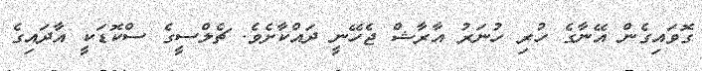
ގޮވައިގެން އޭނާގެ ހުރި ހުނަރު އާރާޝް ޖެހޭނީ ދައްކާށެވެ. ޗެލްސީގެ ސްކޮޑަކީ އާދައިގެ